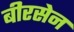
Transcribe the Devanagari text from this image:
बीरसेन